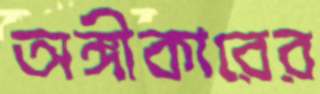
অঙ্গীকারের